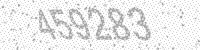
Solution: 459283